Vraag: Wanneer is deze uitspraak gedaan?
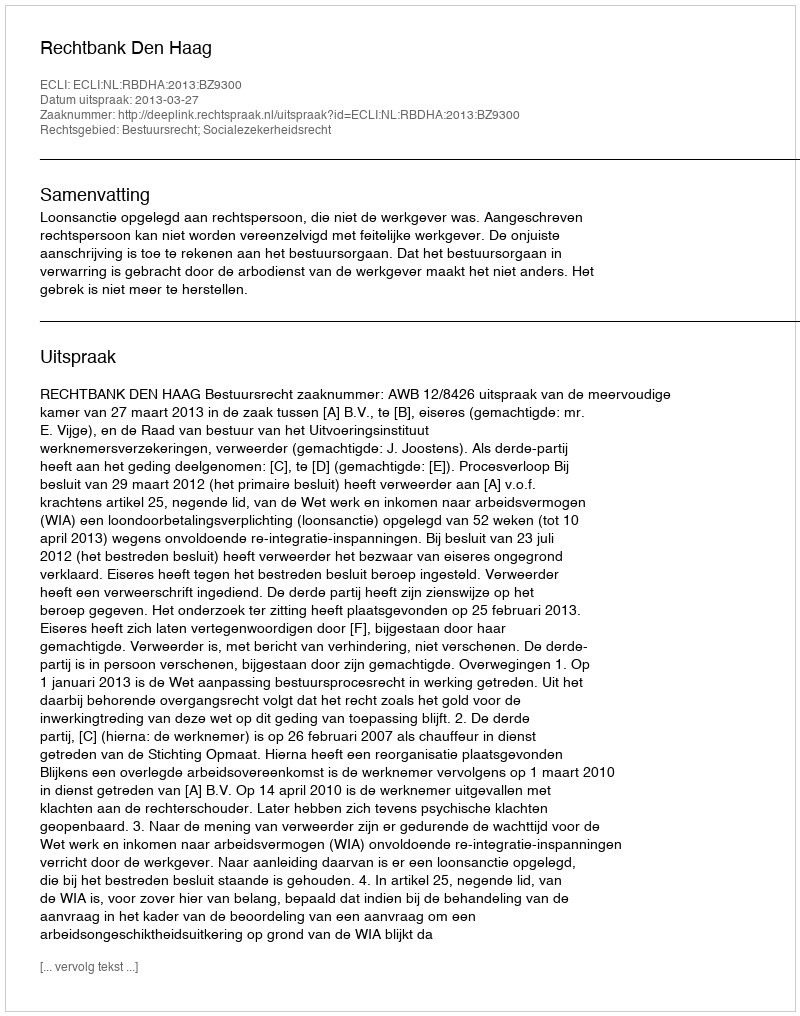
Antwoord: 2013-03-27